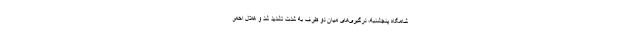
شامگاه پنجشنبه، درگیری‌های میان دو طرف به شدت تشدید شد و هلال احمر